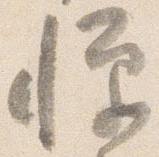
憚